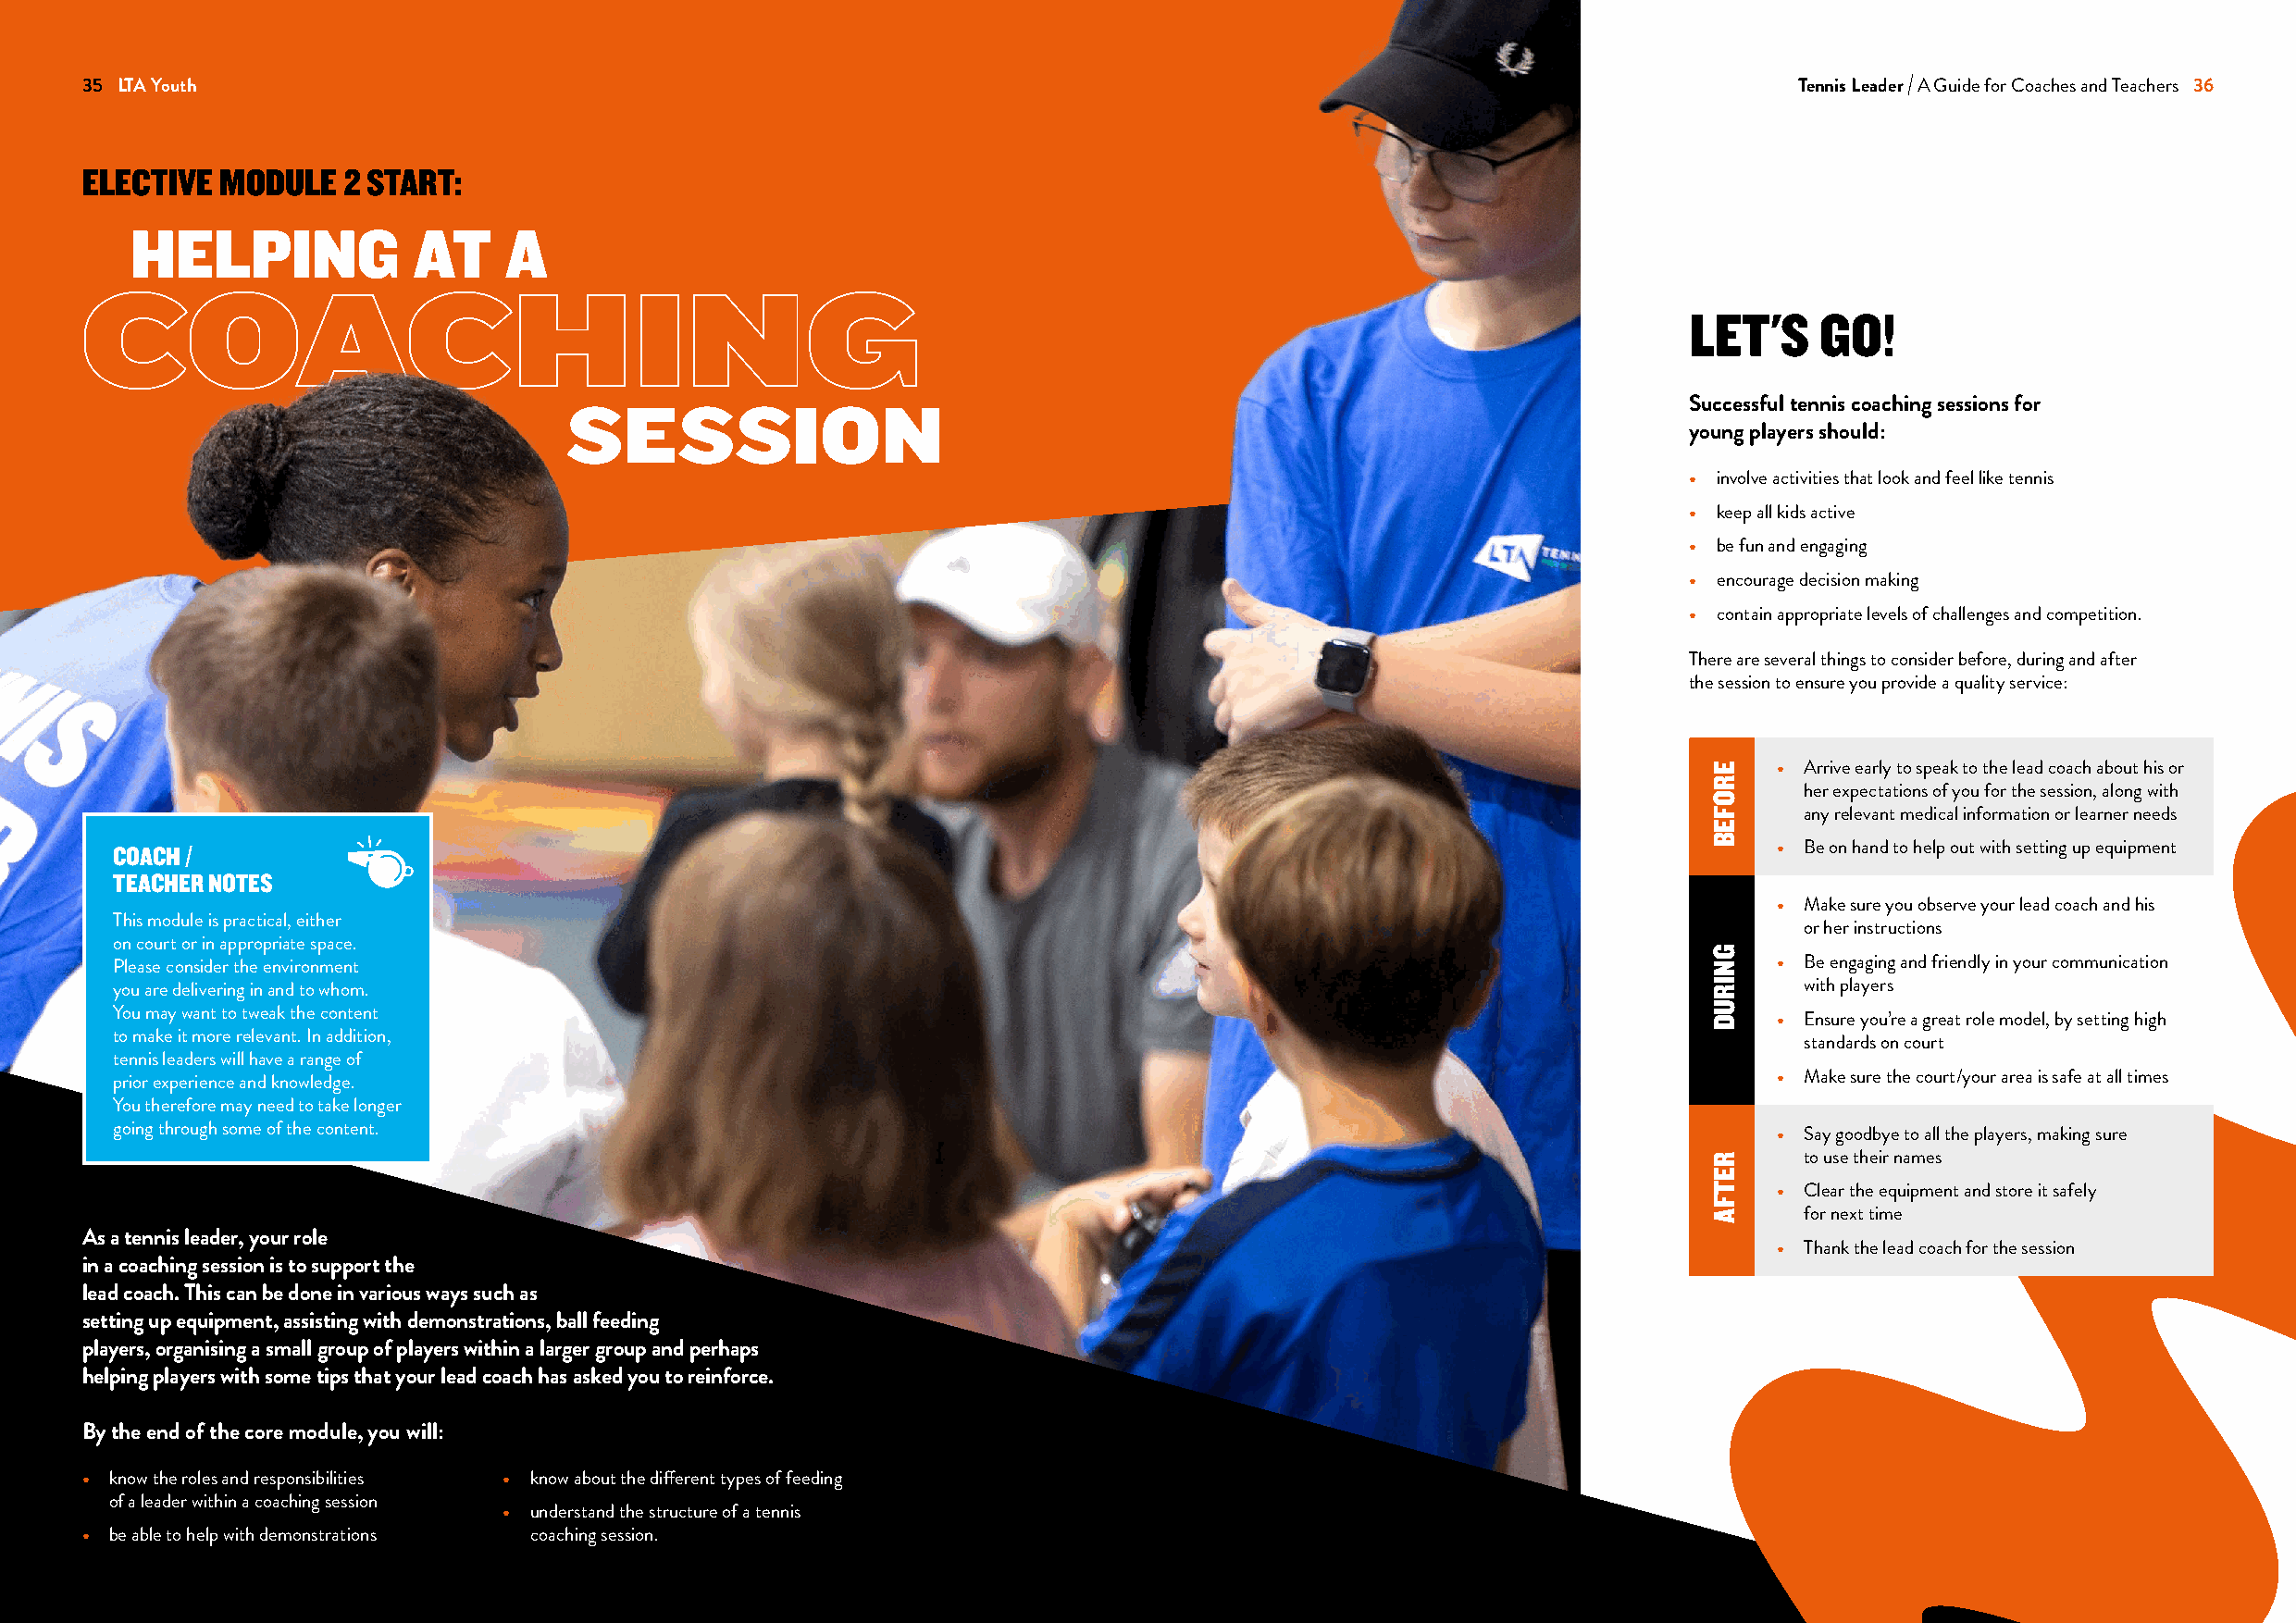
3355 LLTTAA YYoouutthh Schools                                                                                             Tennis Leader A Guide for Coaches and Teachers 36
 ELECTIVE  MODULE   2 START:
 HELPING              AT    A
 COACHING
 LET'S    GO!
 Successful tennis coaching sessions for
 SESSION
 young players should:
 • involve activities that look and feel like tennis
 • keep all kids active
 • be fun and engaging
 • encourage decision making
 • contain appropriate levels of challenges and competition.
 There are several things to consider before, during and after
 the session to ensure you provide a quality service:
 • Arrive early to speak to the lead coach about his or
 her expectations of you for the session, along with
 any relevant medical information or learner needs
 COACH /                                                                                                                • Be on hand to help out with setting up equipment
 TEACHER NOTES
 • Make sure you observe your lead coach and his
 This module is practical, either
 or her instructions
 on court or in appropriate space.
 Please consider the environment                                                                                        • Be engaging and friendly in your communication
 you are delivering in and to whom.                                                                                       with players
 You may want to tweak the content
 • Ensure you’re a great role model, by setting high
 to make it more relevant. In addition,
 standards on court
 tennis leaders will have a range of
 prior experience and knowledge.                                                                                        • Make sure the court/your area is safe at all times
 You therefore may need to take longer
 going through some of the content.                                                                                     • Say goodbye to all the players, making sure
 to use their names
 • Clear the equipment and store it safely
 for next time
 As a tennis leader, your role
 • Thank the lead coach for the session
 in a coaching session is to support the
 lead coach. This can be done in various ways such as
 setting up equipment, assisting with demonstrations, ball feeding
 players, organising a small group of players within a larger group and perhaps
 helping players with some tips that your lead coach has asked you to reinforce.
 By the end of the core module, you will:
 • know the roles and responsibilities • know about the different types of feeding
 of a leader within a coaching session
 • understand the structure of a tennis
 • be able to help with demonstrations coaching session.
 EROFEB
 GNIRUD
 RETFA